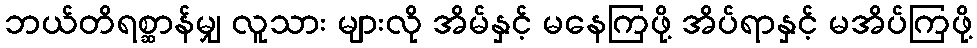
ဘယ်တိရစ္ဆာန်မျှ လူသား များလို အိမ်နှင့် မနေကြဖို့ အိပ်ရာနှင့် မအိပ်ကြဖို့